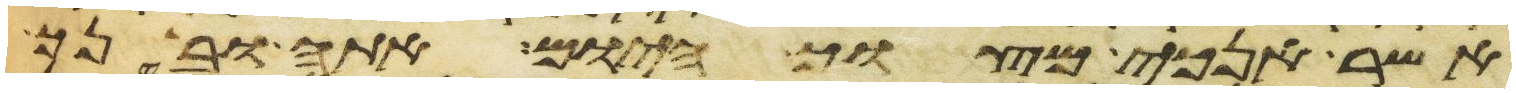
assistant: אשר אנכי מצוך היום אתה ובנך